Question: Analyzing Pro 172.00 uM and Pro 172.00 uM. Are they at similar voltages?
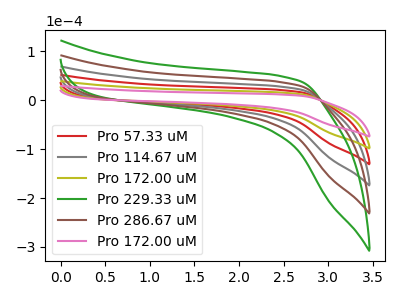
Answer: <think>The red curve "Pro 57.33 uM" has no peaks. The gray curve "Pro 114.67 uM" has no peaks. The olive curve "Pro 172.00 uM" has no peaks. The green curve "Pro 229.33 uM" has no peaks. The brown curve "Pro 286.67 uM" has no peaks. The pink curve "Pro 172.00 uM" has no peaks.
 Neither "Pro 172.00 uM" or "Pro 172.00 uM" have any peaks.</think>
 <answer>"Pro 172.00 uM" and "Pro 172.00 uM" are similar in shape.</answer>
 <eval>same_shape</eval>